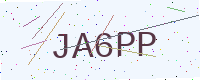
Text: JA6PP